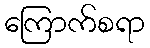
ကြောက်စရာ